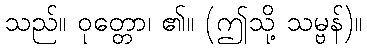
သည်။ ဝုတ္တော၊ ၏။ (ဤသို့ သမ္ဗန်)။